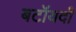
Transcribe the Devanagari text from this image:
बटॉयदी